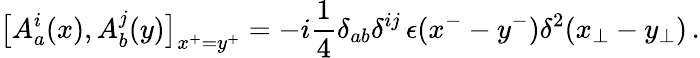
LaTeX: \bigl[A_{a}^{i}(x),A_{b}^{j}(y)\bigr]_{x^{+}=y^{+}}=-i{\frac{1}{4}}\delta_{ab}\delta^{ij}\, \epsilon(x^{-}-y^{-})\delta^{2}(x_{\bot}-y_{\bot})\, .